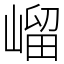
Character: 嵧